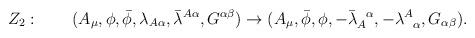
LaTeX: \begin{align*}Z_2:\qquad( A_\mu, \phi, \bar{\phi}, \lambda_{A \alpha}, \bar{\lambda}^{A \alpha}, G^{\alpha\beta} ) \rightarrow( A_\mu, \bar{\phi}, \phi, - \bar{\lambda}_A^{\!~~\alpha}, - \lambda^A_{\!~~\alpha}, G_{\alpha\beta} ).\end{align*}